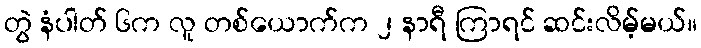
တွဲ နံပါတ် ၆က လူ တစ်ယောက်က ၂ နာရီ ကြာရင် ဆင်းလိမ့်မယ်။